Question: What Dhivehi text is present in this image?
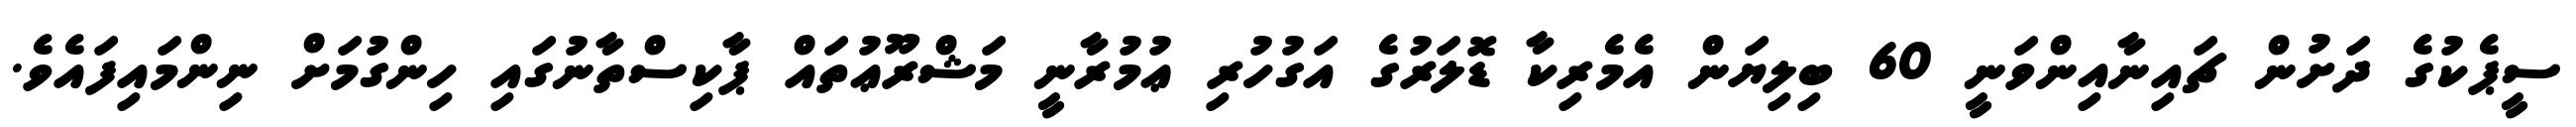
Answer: ސީޕެކުގެ ދަށުން ޗައިނާއިންވަނީ 60 ބިލިޔަން އެމެރިކާ ޑޮލަރުގެ އަގުހުރި ޢުމުރާނީ މަޝްރޫޢުތައް ޕާކިސްތާނުގައި ހިންގުމަށް ނިންމައިފައެވެ.